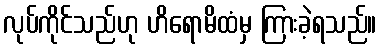
လုပ်ကိုင်သည်ဟု ဟိရောမိထံမှ ကြားခဲ့ရသည်။